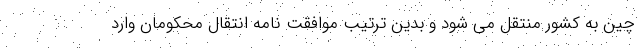
چین به کشور منتقل می شود و بدین ترتیب موافقت نامه انتقال محکومان وارد